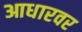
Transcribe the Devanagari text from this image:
आधारवर